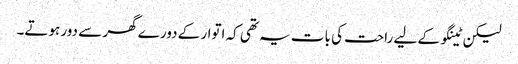
لیکن ٹینگو کے لیے راحت کی بات یہ تھی کہ اتوار کے دورے گھر سے دور ہوتے۔